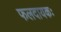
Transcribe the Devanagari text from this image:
फलदायकः